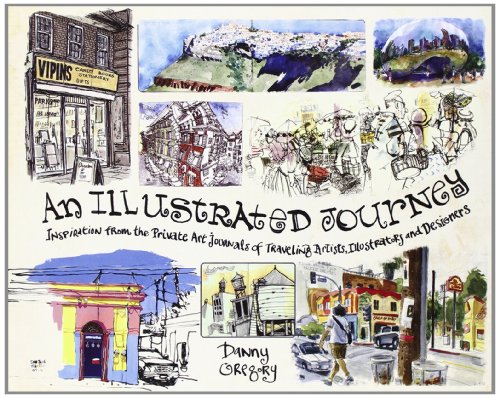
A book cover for An Illustrated Journey: Inspiration From the Private Art Journals of Traveling Artists, Illustrators and Designers; Danny Gregory; Arts & Photography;